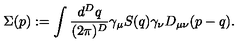
\Sigma ( p ) : = \int { \frac { d ^ { D } q } { ( 2 \pi ) ^ { D } } } \gamma _ { \mu } S ( q ) \gamma _ { \nu } D _ { \mu \nu } ( p - q ) .